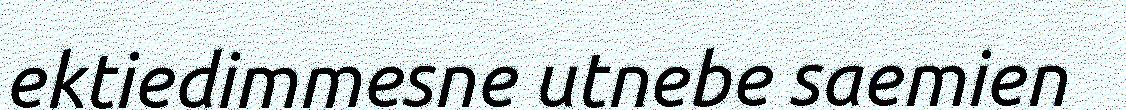
ektiedimmesne utnebe saemien